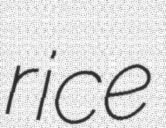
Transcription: rice